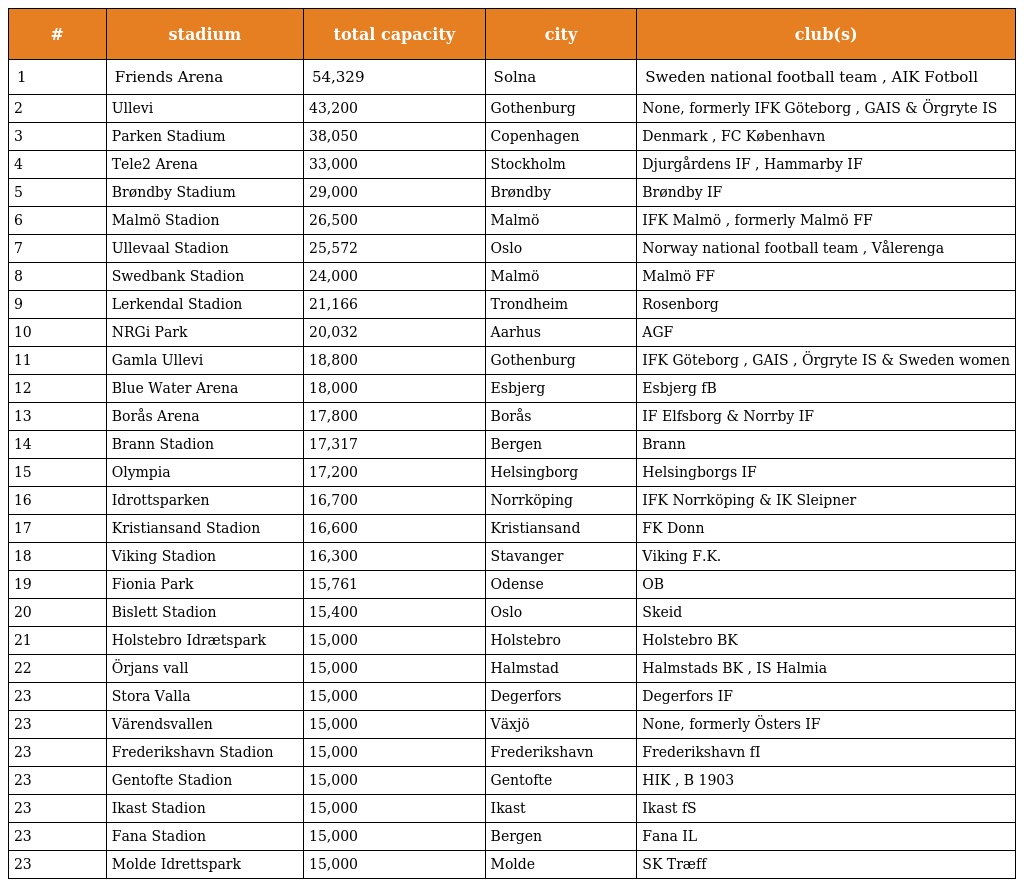
| # | stadium | total capacity | city | club(s) |
 | --- | --- | --- | --- | --- |
 | 1 | Friends Arena | 54,329 | Solna | Sweden national football team , AIK Fotboll |
 | 2 | Ullevi | 43,200 | Gothenburg | None, formerly IFK Göteborg , GAIS & Örgryte IS |
 | 3 | Parken Stadium | 38,050 | Copenhagen | Denmark , FC København |
 | 4 | Tele2 Arena | 33,000 | Stockholm | Djurgårdens IF , Hammarby IF |
 | 5 | Brøndby Stadium | 29,000 | Brøndby | Brøndby IF |
 | 6 | Malmö Stadion | 26,500 | Malmö | IFK Malmö , formerly Malmö FF |
 | 7 | Ullevaal Stadion | 25,572 | Oslo | Norway national football team , Vålerenga |
 | 8 | Swedbank Stadion | 24,000 | Malmö | Malmö FF |
 | 9 | Lerkendal Stadion | 21,166 | Trondheim | Rosenborg |
 | 10 | NRGi Park | 20,032 | Aarhus | AGF |
 | 11 | Gamla Ullevi | 18,800 | Gothenburg | IFK Göteborg , GAIS , Örgryte IS & Sweden women |
 | 12 | Blue Water Arena | 18,000 | Esbjerg | Esbjerg fB |
 | 13 | Borås Arena | 17,800 | Borås | IF Elfsborg & Norrby IF |
 | 14 | Brann Stadion | 17,317 | Bergen | Brann |
 | 15 | Olympia | 17,200 | Helsingborg | Helsingborgs IF |
 | 16 | Idrottsparken | 16,700 | Norrköping | IFK Norrköping & IK Sleipner |
 | 17 | Kristiansand Stadion | 16,600 | Kristiansand | FK Donn |
 | 18 | Viking Stadion | 16,300 | Stavanger | Viking F.K. |
 | 19 | Fionia Park | 15,761 | Odense | OB |
 | 20 | Bislett Stadion | 15,400 | Oslo | Skeid |
 | 21 | Holstebro Idrætspark | 15,000 | Holstebro | Holstebro BK |
 | 22 | Örjans vall | 15,000 | Halmstad | Halmstads BK , IS Halmia |
 | 23 | Stora Valla | 15,000 | Degerfors | Degerfors IF |
 | 23 | Värendsvallen | 15,000 | Växjö | None, formerly Östers IF |
 | 23 | Frederikshavn Stadion | 15,000 | Frederikshavn | Frederikshavn fI |
 | 23 | Gentofte Stadion | 15,000 | Gentofte | HIK , B 1903 |
 | 23 | Ikast Stadion | 15,000 | Ikast | Ikast fS |
 | 23 | Fana Stadion | 15,000 | Bergen | Fana IL |
 | 23 | Molde Idrettspark | 15,000 | Molde | SK Træff |